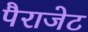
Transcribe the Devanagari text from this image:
पैराजेट